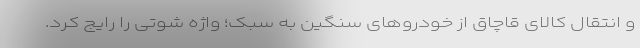
و انتقال کالای قاچاق از خودروهای سنگین به سبک؛ واژه شوتی را رایج کرد.